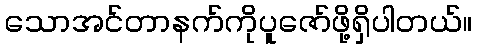
သောအင်တာနက်ကိုပူဇော်ဖို့ရှိပါတယ်။